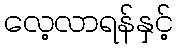
လေ့လာရန်နှင့်